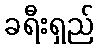
ခရီးရှည်